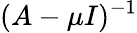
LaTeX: (A-\mu I)^{-1}